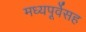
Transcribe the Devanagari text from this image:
मध्यपूर्वेसह